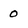
Character: 0